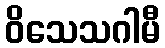
ဝိသေသဂါမီ